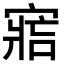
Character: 𡩩